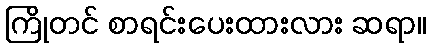
ကြိုတင် စာရင်းပေးထားလား ဆရာ။